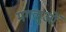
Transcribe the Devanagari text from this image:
मगलुओं